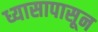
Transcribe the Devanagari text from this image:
ध्यासापासून